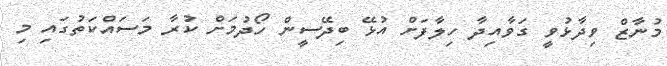
މުނާޒް ވިދާޅުވީ ގަވާއިދާ ހިލާފަށް އުޅޭ ބިދޭސީން ހޯދުމަށް ކުރާ މަސައްކަތުގައި މި